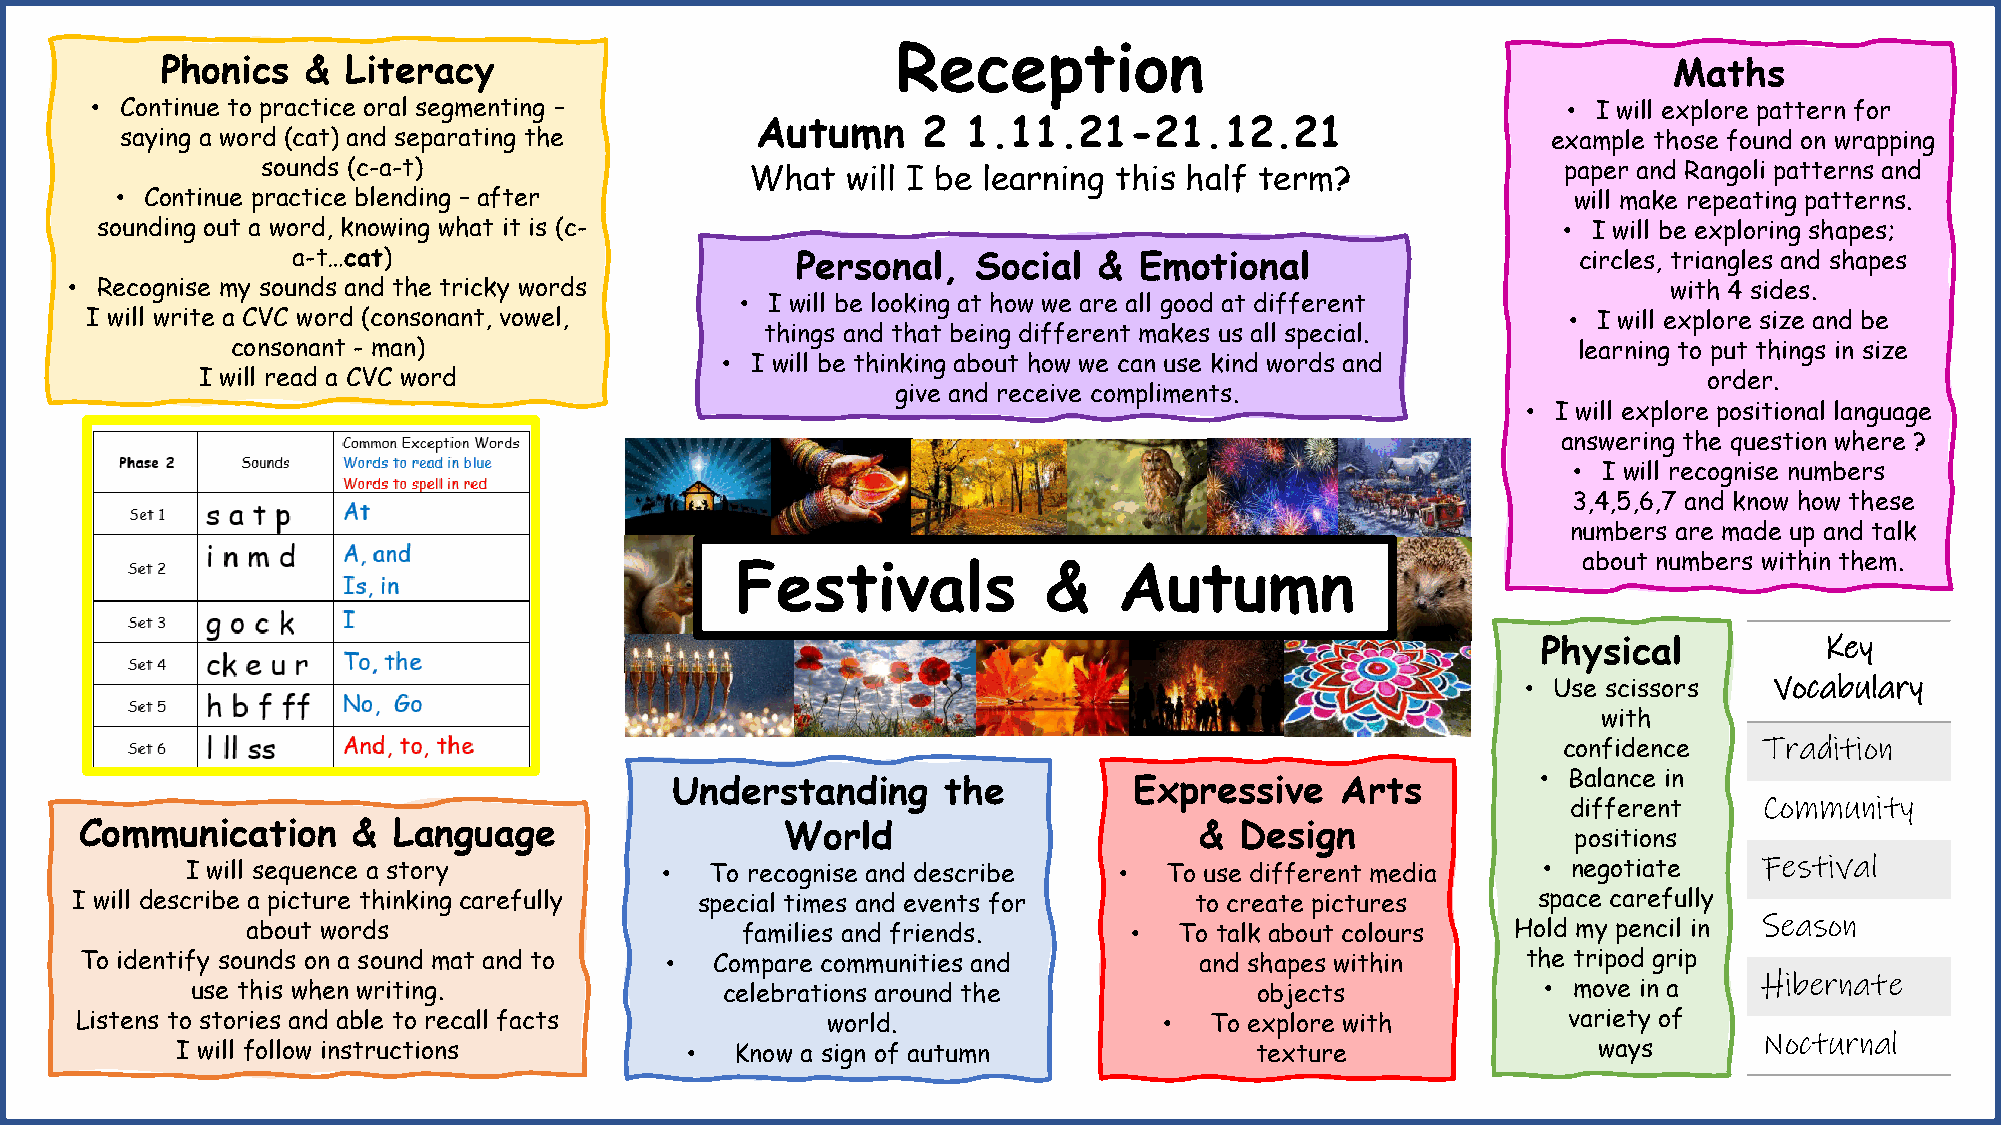
Reception
 Phonics  &  Literacy                                                                                Maths
 • Continue to practice oral segmenting –                                                          • I will explore pattern for
 Autumn     2  1.11.21-21.12.21
 saying a word (cat) and separating the                                                         example those found on wrapping
 sounds (c-a-t)                   What  will I be learning this half term?              paper and Rangoli patterns and
 • Continue practice blending – after                                                            will make repeating patterns.
 sounding out a word, knowing what it is (c-                                                      • I will be exploring shapes;
 a-t…cat)                          Personal,   Social  & Emotional                    circles, triangles and shapes
 • Recognise my sounds and the tricky words                                                                with 4 sides.
 • I will be looking at how we are all good at different
 I will write a CVC word (consonant, vowel,                                                        • I will explore size and be
 things and that being different makes us all special.
 consonant - man)                                                                         learning to put things in size
 • I will be thinking about how we can use kind words and
 I will read a CVC word                                                                              order.
 give and receive compliments.
 • I will explore positional language
 answering the question where ?
 • I will recognise numbers
 3,4,5,6,7 and know how these
 numbers are made up and talk
 about numbers within them.
 Festivals           &    Autumn
 Physical           Key
 • Use scissors  Vocabulary
 with
 confidence    Tradition
 • Balance in
 Understanding      the         Expressive    Arts
 Community
 different
 Communication     &  Language                  World                      &  Design
 positions
 Festival
 I will sequence a story         •  To recognise and describe  •  To use different media   • negotiate
 I will describe a picture thinking carefully special times and events for to create pictures     space carefully
 Season
 about words                      families and friends.     •  To talk about colours Hold my pencil in
 To identify sounds on a sound mat and to • Compare communities and        and shapes within     the tripod grip
 Hibernate
 use this when writing.             celebrations around the            objects            • move in a
 Listens to stories and able to recall facts       world.                •  To explore with         variety of
 Nocturnal
 I will follow instructions       •   Know a sign of autumn             texture                ways